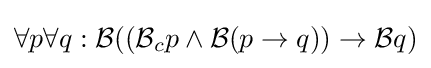
\forall p\forall q:{\mathcal {B}}(({\mathcal {B}}_{c}p\wedge {\mathcal {B}}(p\to q))\to {\mathcal {B}}q)